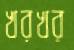
খরখর